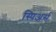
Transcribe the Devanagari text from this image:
स्पिअर्स